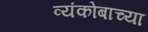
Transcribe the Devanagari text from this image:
व्यंकोबाच्या